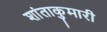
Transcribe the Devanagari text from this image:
शांताकुमारी